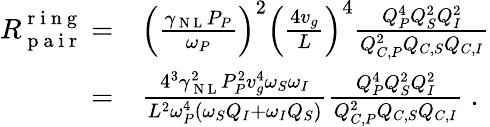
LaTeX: \begin{array}{rl}{R_{\mathrm{~p~a~i~r~}}^{\mathrm{~r~i~n~g~}}=}&{{}\left(\frac{\gamma_{\mathrm{~N~L~}}P_{P}}{\omega_{P}}\right)^{2}\left(\frac{4v_{g}}{L}\right)^{4}\frac{Q_{P}^{4}Q_{S}^{2}Q_{I}^{2}}{Q_{C,P}^{2}Q_{C,S}Q_{C,I}}}\\ {=}&{{}\frac{4^{3}\gamma_{\mathrm{~N~L~}}^{2}P_{P}^{2}v_{g}^{4}\omega_{S}\omega_{I}}{L^{2}\omega_{P}^{4}\left(\omega_{S}Q_{I}+\omega_{I}Q_{S}\right)}\frac{Q_{P}^{4}Q_{S}^{2}Q_{I}^{2}}{Q_{C,P}^{2}Q_{C,S}Q_{C,I}}\ .}\end{array}